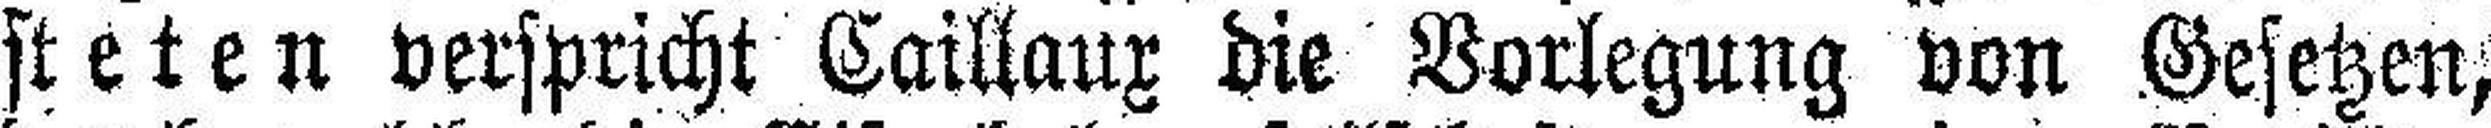
steten verspricht Caillaux die Vorlegung von Gesetzen,